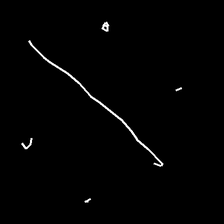
Glyph: cool